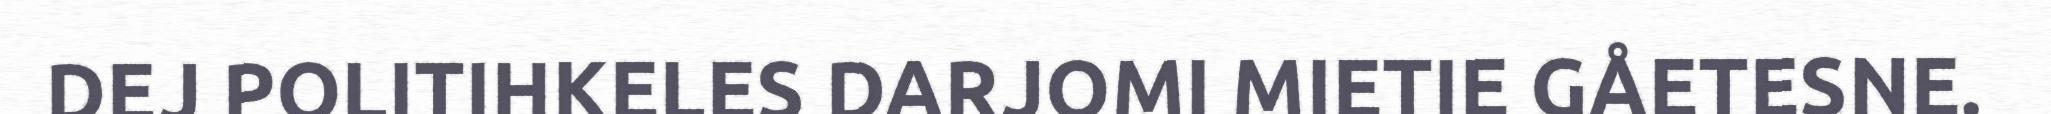
DEJ POLITIHKELES DARJOMI MIETIE GÅETESNE.